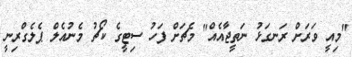
"މިއީ ވަރަށް ރަނގަޅު ނަތީޖާއެއް" މެޗަށް ފަހު ސިޓީގެ ކޯޗު މެނުއެލް ޕެލެގްރިނީ